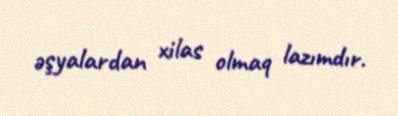
əşyalardan xilas olmaq lazımdır.